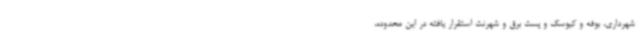
شهرداری، بوفه و کیوسک و پست برق و شهرنت استقرار یافته در این محدوده،